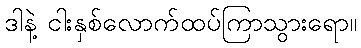
ဒါနဲ့ ငါးနှစ်လောက်ထပ်ကြာသွားရော။